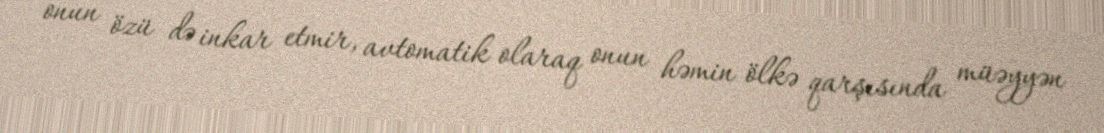
onun özü də inkar etmir, avtomatik olaraq onun həmin ölkə qarşısında müəyyən